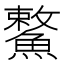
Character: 𩺾